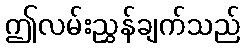
ဤလမ်းညွှန်ချက်သည်